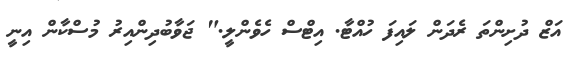
އަޒް ދުށިންތަ ރެދަން ލައިފަ ހުއްޓާ. އިޓްސް ހެވެންލީ." ޖަވާބުދިންއިރު މުސްކާން އިނީ